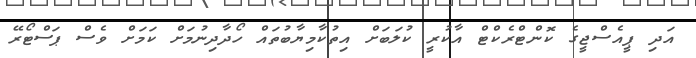
އަދި ޕީއެސްޖީގެ ކޮންޓްރެކްޓް އާކުރީ ކުލަބަށް އިތުކާމިޔާބުތައް ހޯދާދިނުމަށް ކަމަށް ވެސް ޕަސްޓޯރޭ